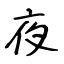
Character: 夜